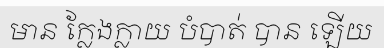
មាន ក្លែងក្លាយ បំបាត់ បាន ឡើយ